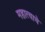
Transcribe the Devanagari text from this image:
महात्वाचे